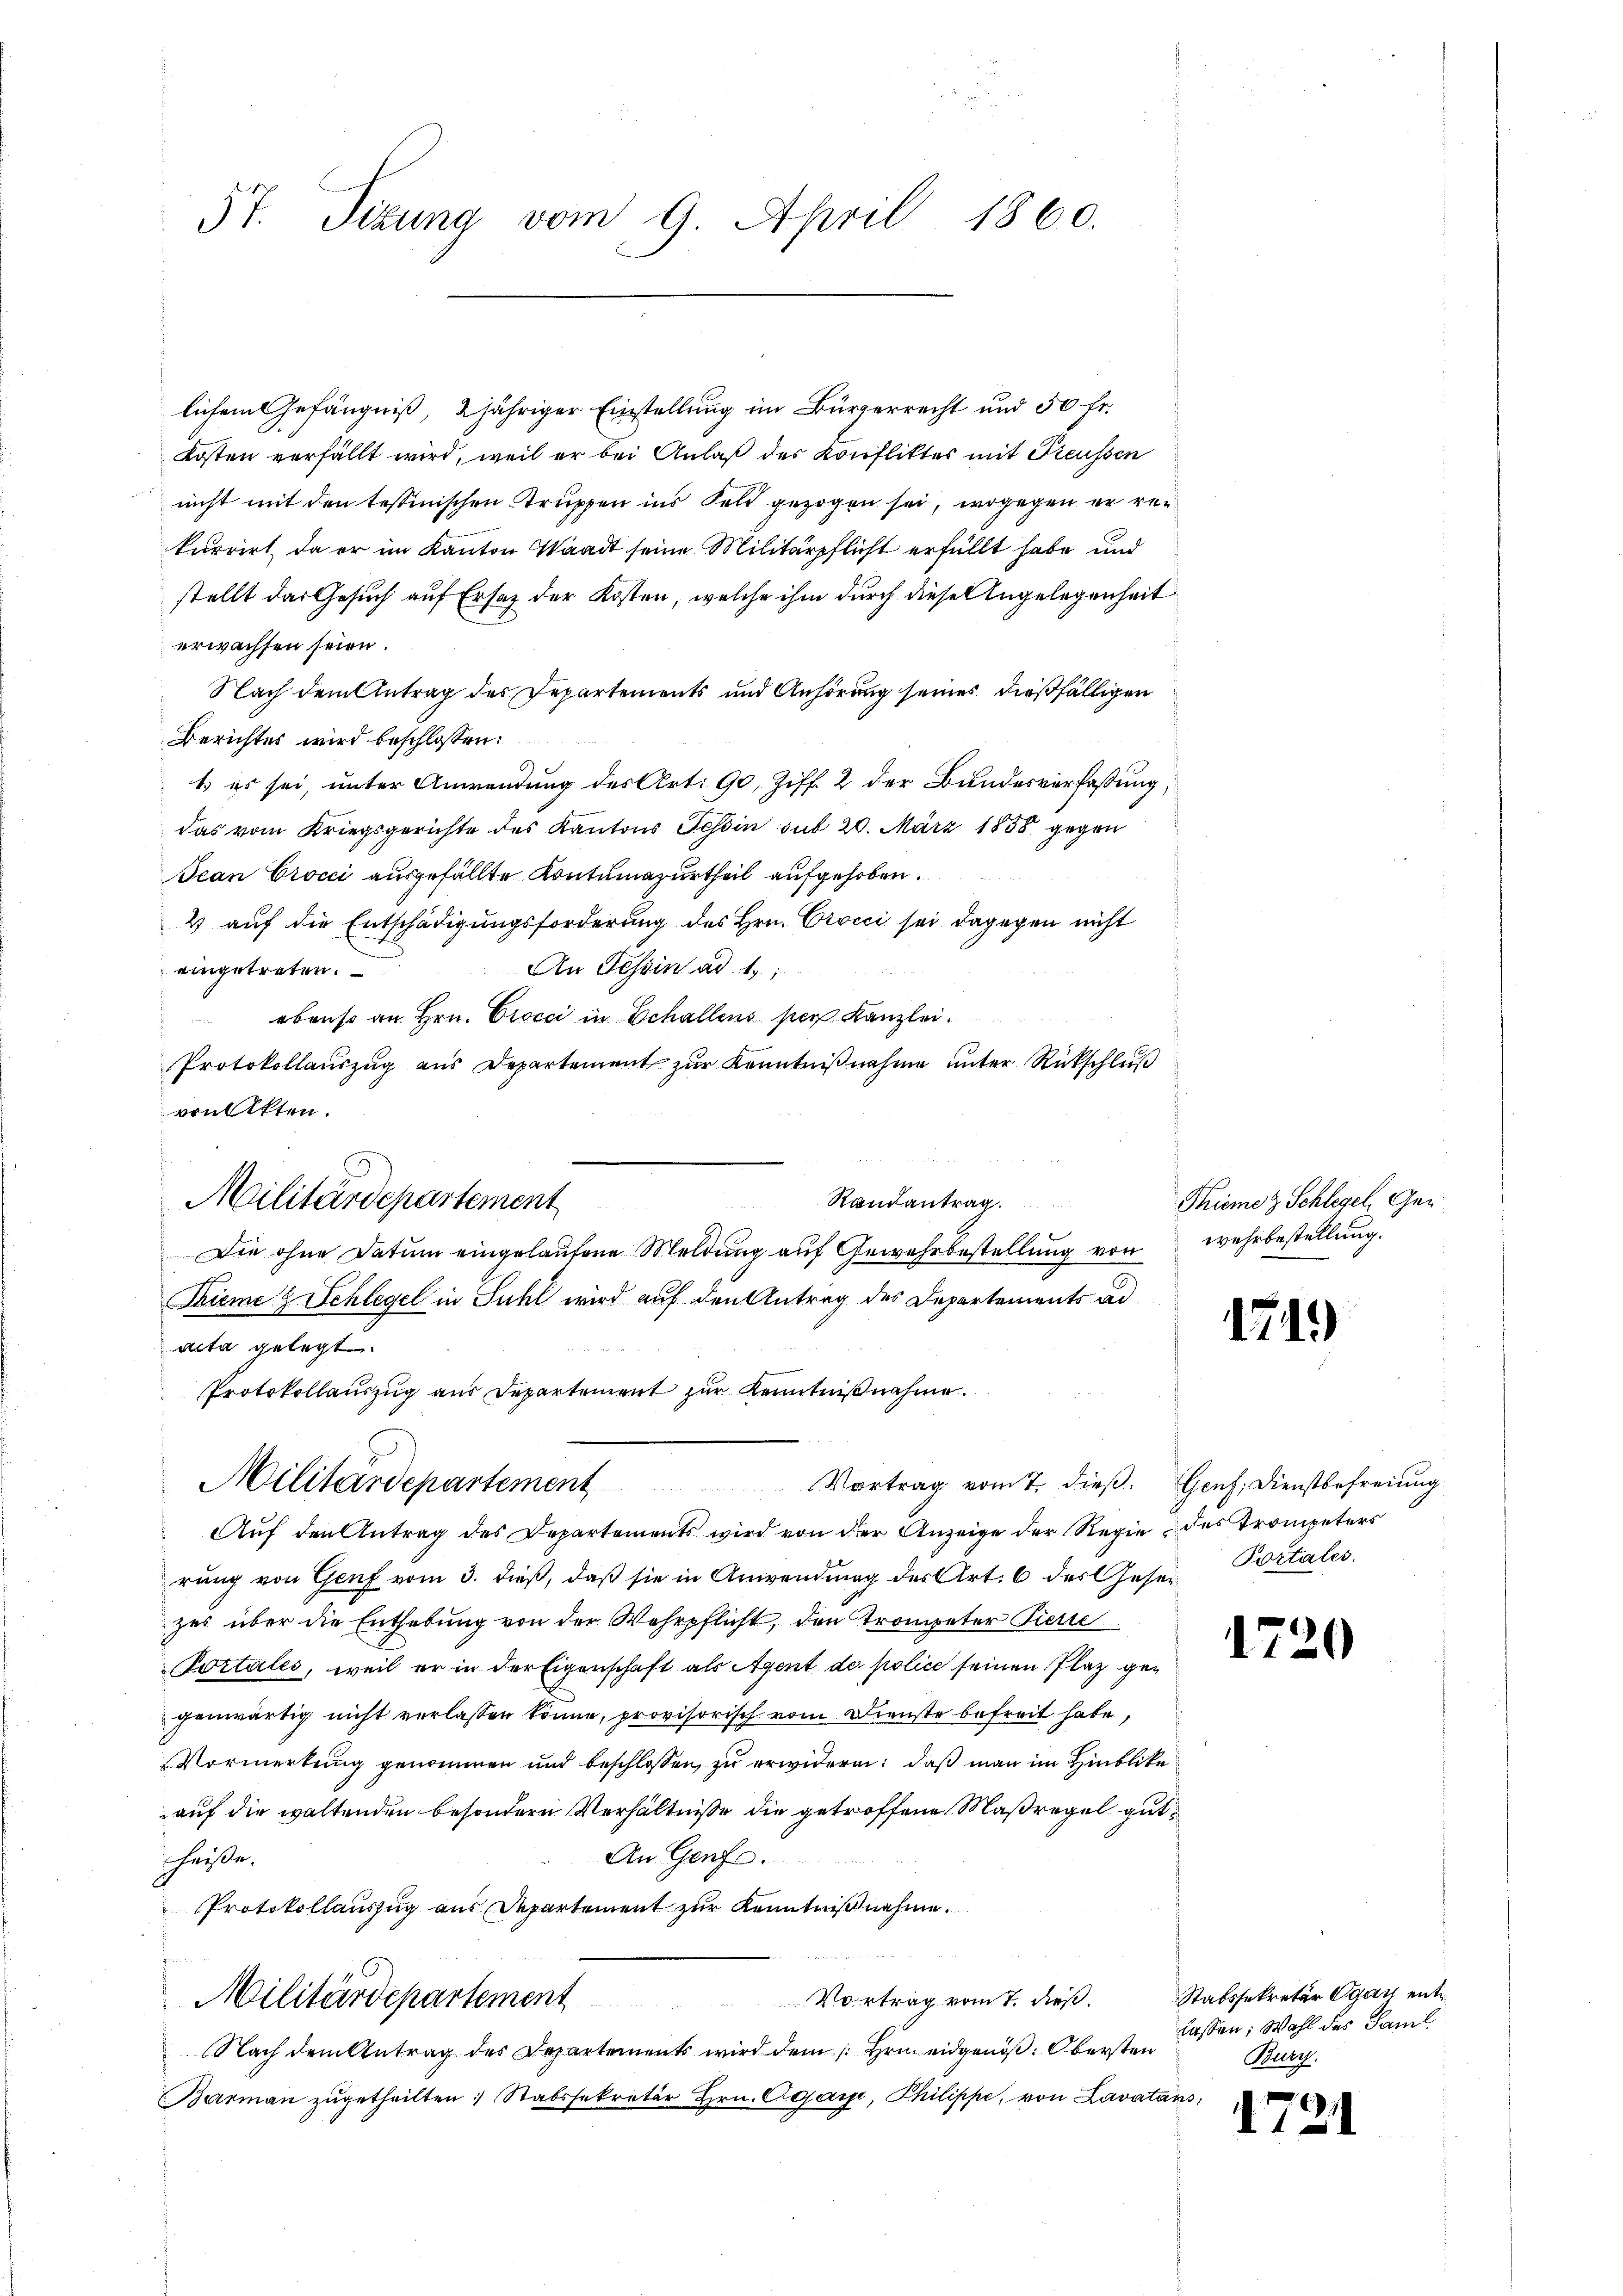
57. Sizung vom 9. April 1860.

lichem Gefängniß, 2jähriger Einstellung im Bürgerrecht und 50 fr.
Kosten verfällt wird, weil er bei Anlaß des Konfliktes mit Preussen
nicht mit den tessinischen Truppen ins Feld gezogen sei, wogegen er rekurrirt, da er im Kanton Waadt seine Militärpflicht erfüllt habe und
stellt das Gesuch auf Ersatz der Kosten, welche ihm durch diesen Angelegenheit
erwachsen seien.
Nach dem Antrag des Departements und Anhörung seines dießfälligen
Berichtes wird beschlossen:
1. es sei, unter Anwendung des Art. 90, Ziff. 2 der Bundesverfassung,
das vom Kriegsgerichte des Kantons Tessin sub 20. März 1858 gegen
Jean Crocci ausgefällte Kontumazurtheil aufgehoben.
4 auf die Entschädigungsforderung des Hrn. Orvici sei dagegen nicht
eingetreten. An Tessin ad 1.
ebenso an Hrn. Crocci in Schallens per Kanzlei.
Protokollauszug aus Departement zur Kenntnißnahme unter Rückschluß
von Akten.
Randantrag
2
Die ohne Datum eingelaufene Meldung auf Gewehrbestellung von
Tieme & Schlegel in Suhl wird auf den Antrag des Departements ad
acta gelegt.
Protokollauszug aus Departement zur Kenntnißnahme.
Militärdepartement Vertrag vom 7. dieß. Genf, Dienstbefreiung
Auf den Antrag des Departements wird von der Anzeige der Regie des Trompeters
rung von Genf vom 3. dieß, daß sie in Anwendung des Art. 6 des Geserzes über die Enthebung von der Wehrpflicht, den Trompeter Pierre
Portales, weil er in der Eigenschaft als Agent de police seinen Plaz gen
genwärtig nicht verlassen könne, provisorisch vom Dienste befreit habe,
Vormerkung genommen und beschlossen, zu erwidern: daß man im Hinblicke
auf die waltenden besondern Verhältnisse die getroffene Maßregel gut
An Genf.
Chaise.
Protokollauszug aus Departement zur Kenntnißnahme.
Vortrag vom 7. dieß.
Militärdepartement
Nach dem Antrag des Departements wird dem Hrn. eidgenöß: Obersten
Barmann zugetheilten Stabssekretär Hrn. Cesari, Philippe, von Lavatans

Militärdepartement

Tiemez Schlegel, Ger
wehrbestellung.

17

Portales.

1

Stabssekretär Ogan entlassen; Wahl des Famil
Burg.

.

)

2

2